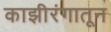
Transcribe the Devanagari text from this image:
काझीरंगातून